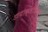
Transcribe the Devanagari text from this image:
डायोक्लीटियन